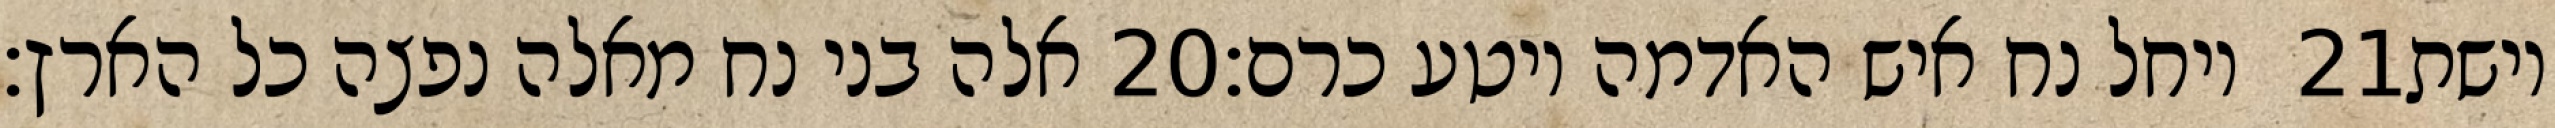
אלה בני נח מאלה נפצה כל הארץ׃ ‎20‏ ויחל נח איש האדמה ויטע כרם׃ ‎21‏ וישת